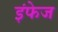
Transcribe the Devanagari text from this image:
इंफेज